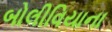
બોલીવિયાના